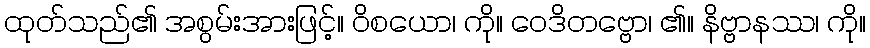
ထုတ်သည်၏ အစွမ်းအားဖြင့်။ ဝိစယော၊ ကို။ ဝေဒိတဗ္ဗော၊ ၏။ နိဗ္ဗာနဿ၊ ကို။